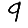
Digit: 9